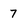
Character: 7